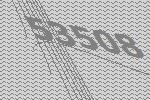
53508